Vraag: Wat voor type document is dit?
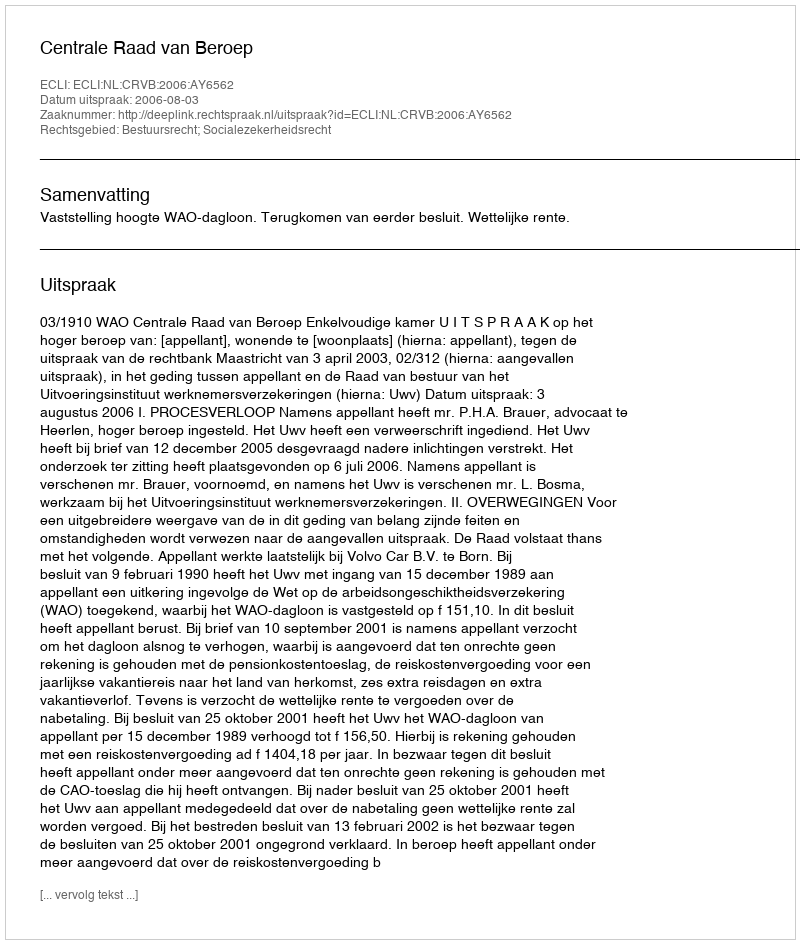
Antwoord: Uitspraak